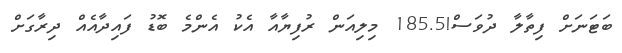
ބަޓަނަށް ފިތާލާ ދުވަސް!185.5 މިލިއަން ރުފިޔާއާ އެކު އެންމެ ބޮޑު ފައިދާއެއް ދިރާގަށް